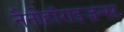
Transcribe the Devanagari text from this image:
नैनोहॉराइज़न्स